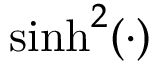
\sinh ^ { 2 } ( \cdot )